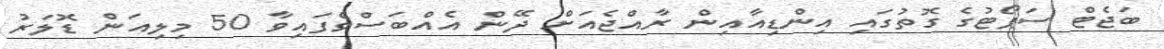
ބަޖެޓް ސަޕޯޓުގެ ގޮތުގައި އިންޑިއާއިން ރާއްޖެއަށް ދޭން އެއްބަސްވެފައިވާ 50 މިލިއަން ޑޮލަރު